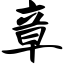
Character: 章